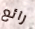
رائع